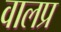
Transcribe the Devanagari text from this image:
वालप्र